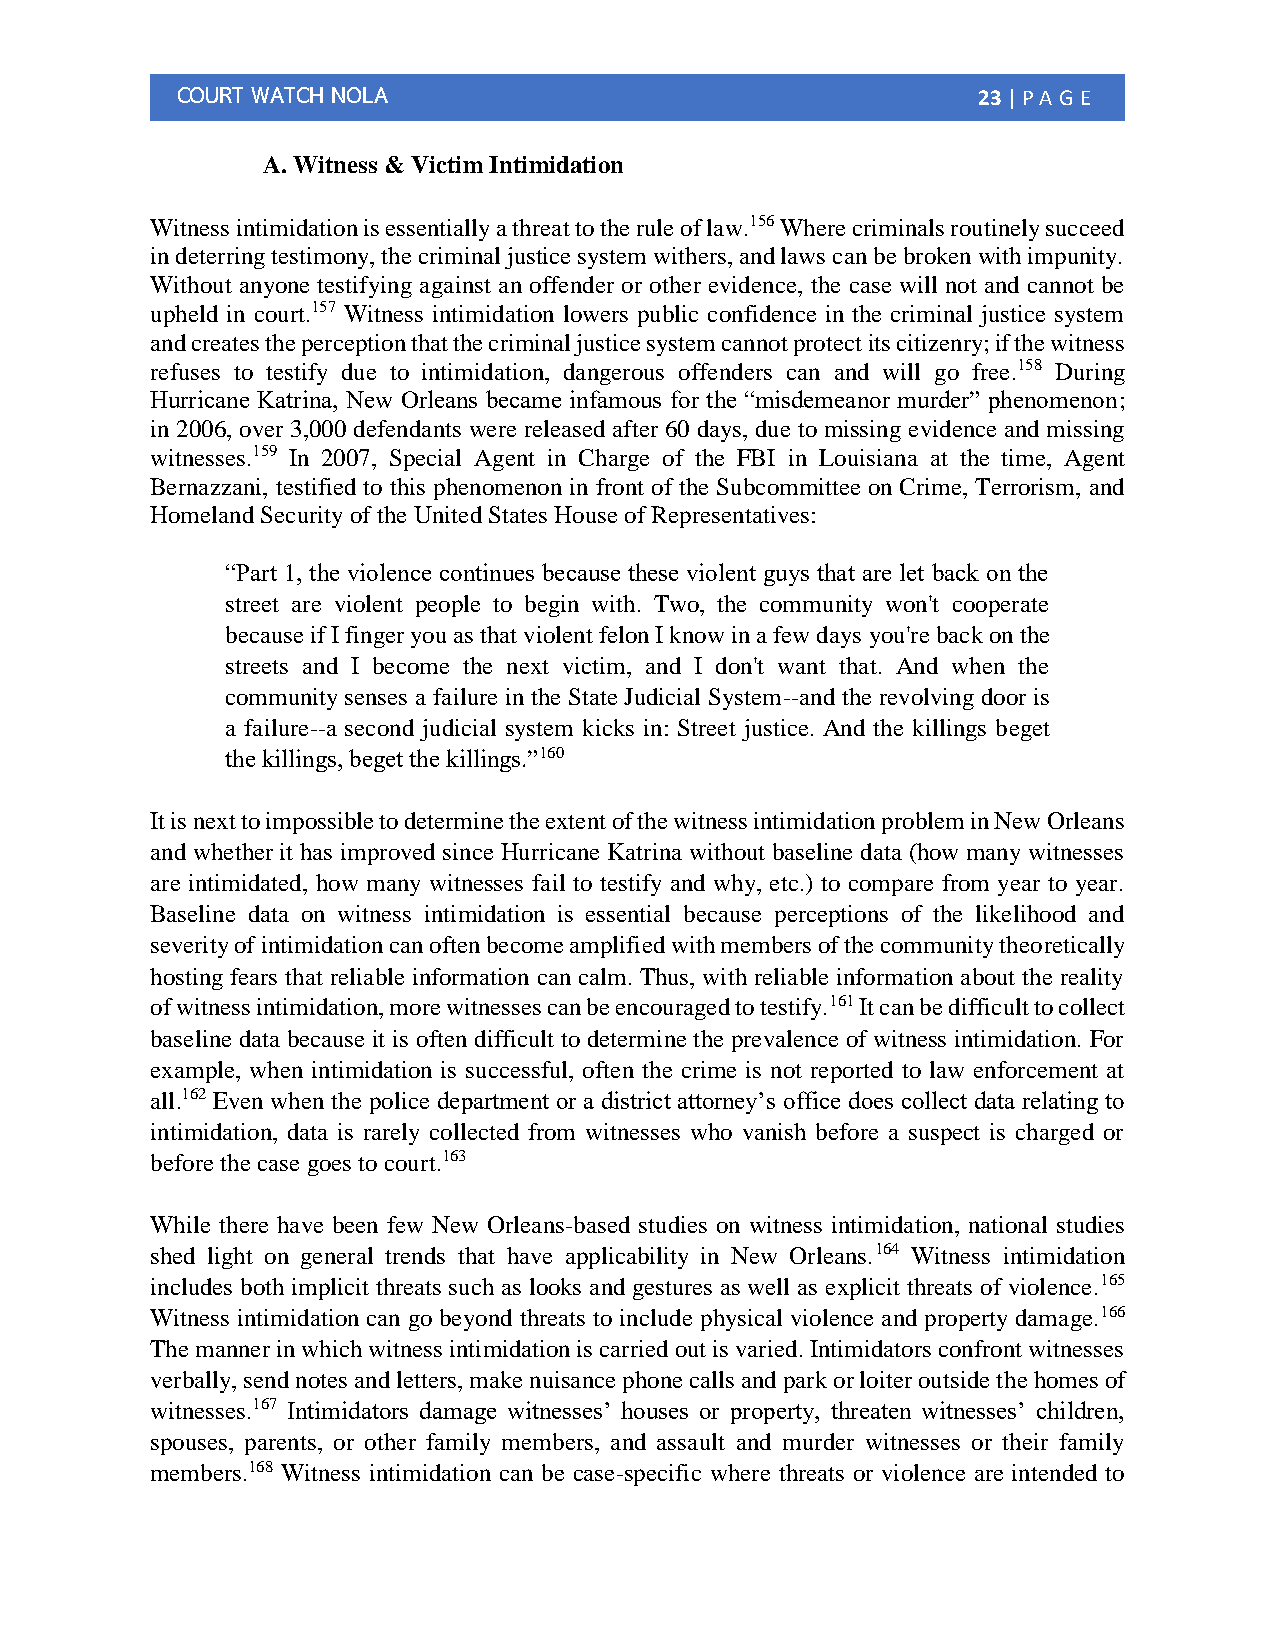
COURT WATCH NOLA                                     23 | PA G E
 A. Witness & Victim Intimidation
 Witness intimidation is essentially a threat to the rule of law.156 Where criminals routinely succeed
 in deterring testimony, the criminal justice system withers, and laws can be broken with impunity.
 Without anyone testifying against an offender or other evidence, the case will not and cannot be
 upheld in court.157 Witness intimidation lowers public confidence in the criminal justice system
 and creates the perception that the criminal justice system cannot protect its citizenry; if the witness
 refuses to testify due to intimidation, dangerous offenders can and will go free.158 During
 Hurricane Katrina, New Orleans became infamous for the “misdemeanor murder” phenomenon;
 in 2006, over 3,000 defendants were released after 60 days, due to missing evidence and missing
 witnesses.159 In 2007, Special Agent in Charge of the FBI in Louisiana at the time, Agent
 Bernazzani, testified to this phenomenon in front of the Subcommittee on Crime, Terrorism, and
 Homeland Security of the United States House of Representatives:
 “Part 1, the violence continues because these violent guys that are let back on the
 street are violent people to begin with. Two, the community won't cooperate
 because if I finger you as that violent felon I know in a few days you're back on the
 streets and I become the next victim, and I don't want that. And when the
 community senses a failure in the State Judicial System--and the revolving door is
 a failure--a second judicial system kicks in: Street justice. And the killings beget
 the killings, beget the killings.”160
 It is next to impossible to determine the extent of the witness intimidation problem in New Orleans
 and whether it has improved since Hurricane Katrina without baseline data (how many witnesses
 are intimidated, how many witnesses fail to testify and why, etc.) to compare from year to year.
 Baseline data on witness intimidation is essential because perceptions of the likelihood and
 severity of intimidation can often become amplified with members of the community theoretically
 hosting fears that reliable information can calm. Thus, with reliable information about the reality
 of witness intimidation, more witnesses can be encouraged to testify.161 It can be difficult to collect
 baseline data because it is often difficult to determine the prevalence of witness intimidation. For
 example, when intimidation is successful, often the crime is not reported to law enforcement at
 all.162 Even when the police department or a district attorney’s office does collect data relating to
 intimidation, data is rarely collected from witnesses who vanish before a suspect is charged or
 before the case goes to court.163
 While there have been few New Orleans-based studies on witness intimidation, national studies
 shed light on general trends that have applicability in New Orleans.164 Witness intimidation
 includes both implicit threats such as looks and gestures as well as explicit threats of violence.165
 Witness intimidation can go beyond threats to include physical violence and property damage.166
 The manner in which witness intimidation is carried out is varied. Intimidators confront witnesses
 verbally, send notes and letters, make nuisance phone calls and park or loiter outside the homes of
 witnesses.167 Intimidators damage witnesses’ houses or property, threaten witnesses’ children,
 spouses, parents, or other family members, and assault and murder witnesses or their family
 members.168 Witness intimidation can be case-specific where threats or violence are intended to